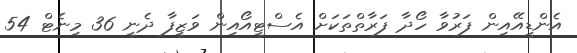
އެންޑީއޭއިން ފަރުވާ ހޯދާ ފަރާތްތަކަށް އެސްޓީއޯއިން ވަޒީފާ ދެނީ 36 މިނެޓް 54